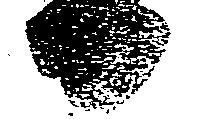
日